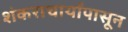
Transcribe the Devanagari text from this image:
शंकराचार्यांपासून